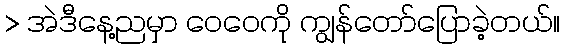
> အဲဒီနေ့ညမှာ ဝေဝေကို ကျွန်တော်ပြောခဲ့တယ်။